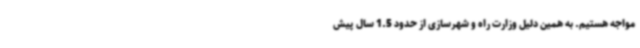
مواجه هستیم. به همین دلیل وزارت راه و شهرسازی از حدود 1.5 سال پیش